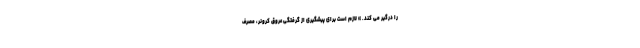
را درگیر می کند. » لازم است برای پیشگیری از گرفتگی عروق کرونر، مصرف